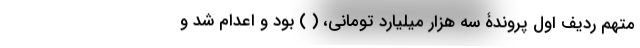
متهم ردیف اول پروندۀ سه هزار میلیارد تومانی، ( ) بود و اعدام شد و